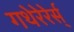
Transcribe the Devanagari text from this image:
गथेरेरेर्स्